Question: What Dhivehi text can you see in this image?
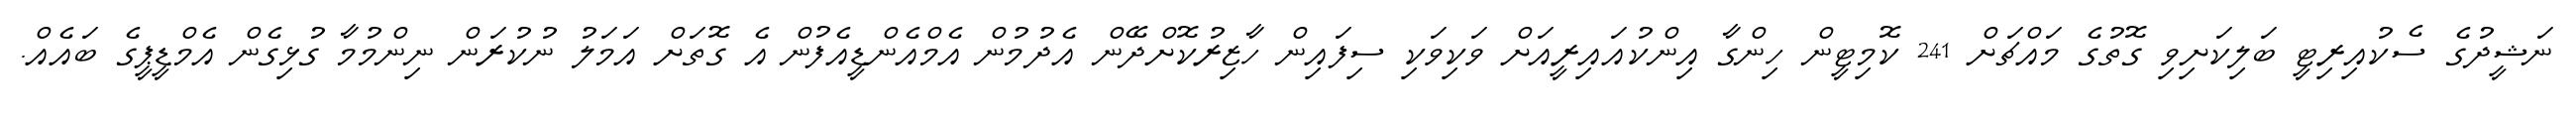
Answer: ނަޝީދުގެ ސެކުއިރިޓީ ބަލިކަށިވި ގޮތުގެ މައްޗަށް 241 ކޮމިޓީން ހިންގާ އިންކުއައިރީއަށް ވަކިވަކި ސިފައިން ހާޒިރުކޮށްދޭން އެދުމުން އެމްއެންޑީއެފުން އެ ގޮތަށް އަމަލު ނުކުރަން ނިންމުމާ ގުޅިގެން އެމްޑީޕީގެ ބައެއް.